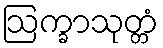
ဩက္ခာသုတ္တံ